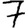
Digit: 7